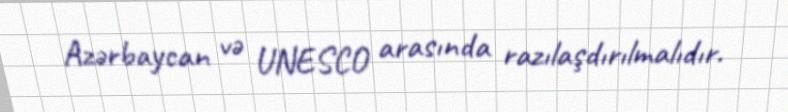
Azərbaycan və UNESCO arasında razılaşdırılmalıdır.